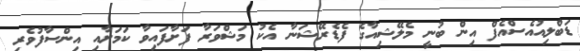
ޑަބްލިއުއެސްއެފް އިން ބުނީ މެލޭޝިއާގެ ފެޑެރޭޝަނާ އެކު މަޝްވަރާ ފަށާފައިވާ ކަމަށާއި އިންސާފުވެރި